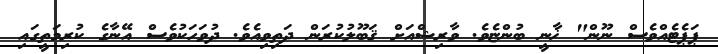
ޕަޕެޓެއްވެސް ނޫން" ޚާނީ ބުންޏެވެ. ވާރިޝްއަށް ޤަބޫލުކުރަން ދަތިވިއެވެ. ދުވަހަކުވެސް އޭނާގެ ކުރިމަތީގައި